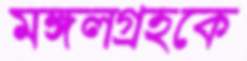
মঙ্গলগ্রহকে